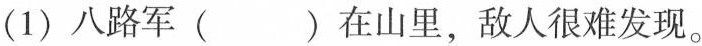
(1)八路军( )在山里，敌人很难发现。